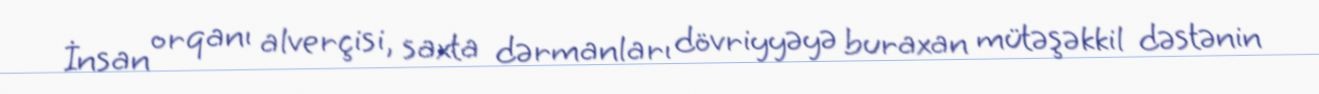
İnsan orqanı alverçisi, saxta dərmanları dövriyyəyə buraxan mütəşəkkil dəstənin